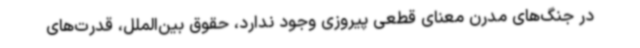
در جنگ‌های مدرن معنای قطعی پیروزی وجود ندارد، حقوق بین‌الملل، قدرت‌های